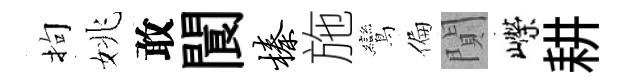
拘姚敢閬榛施鸞偏閴嶸耕